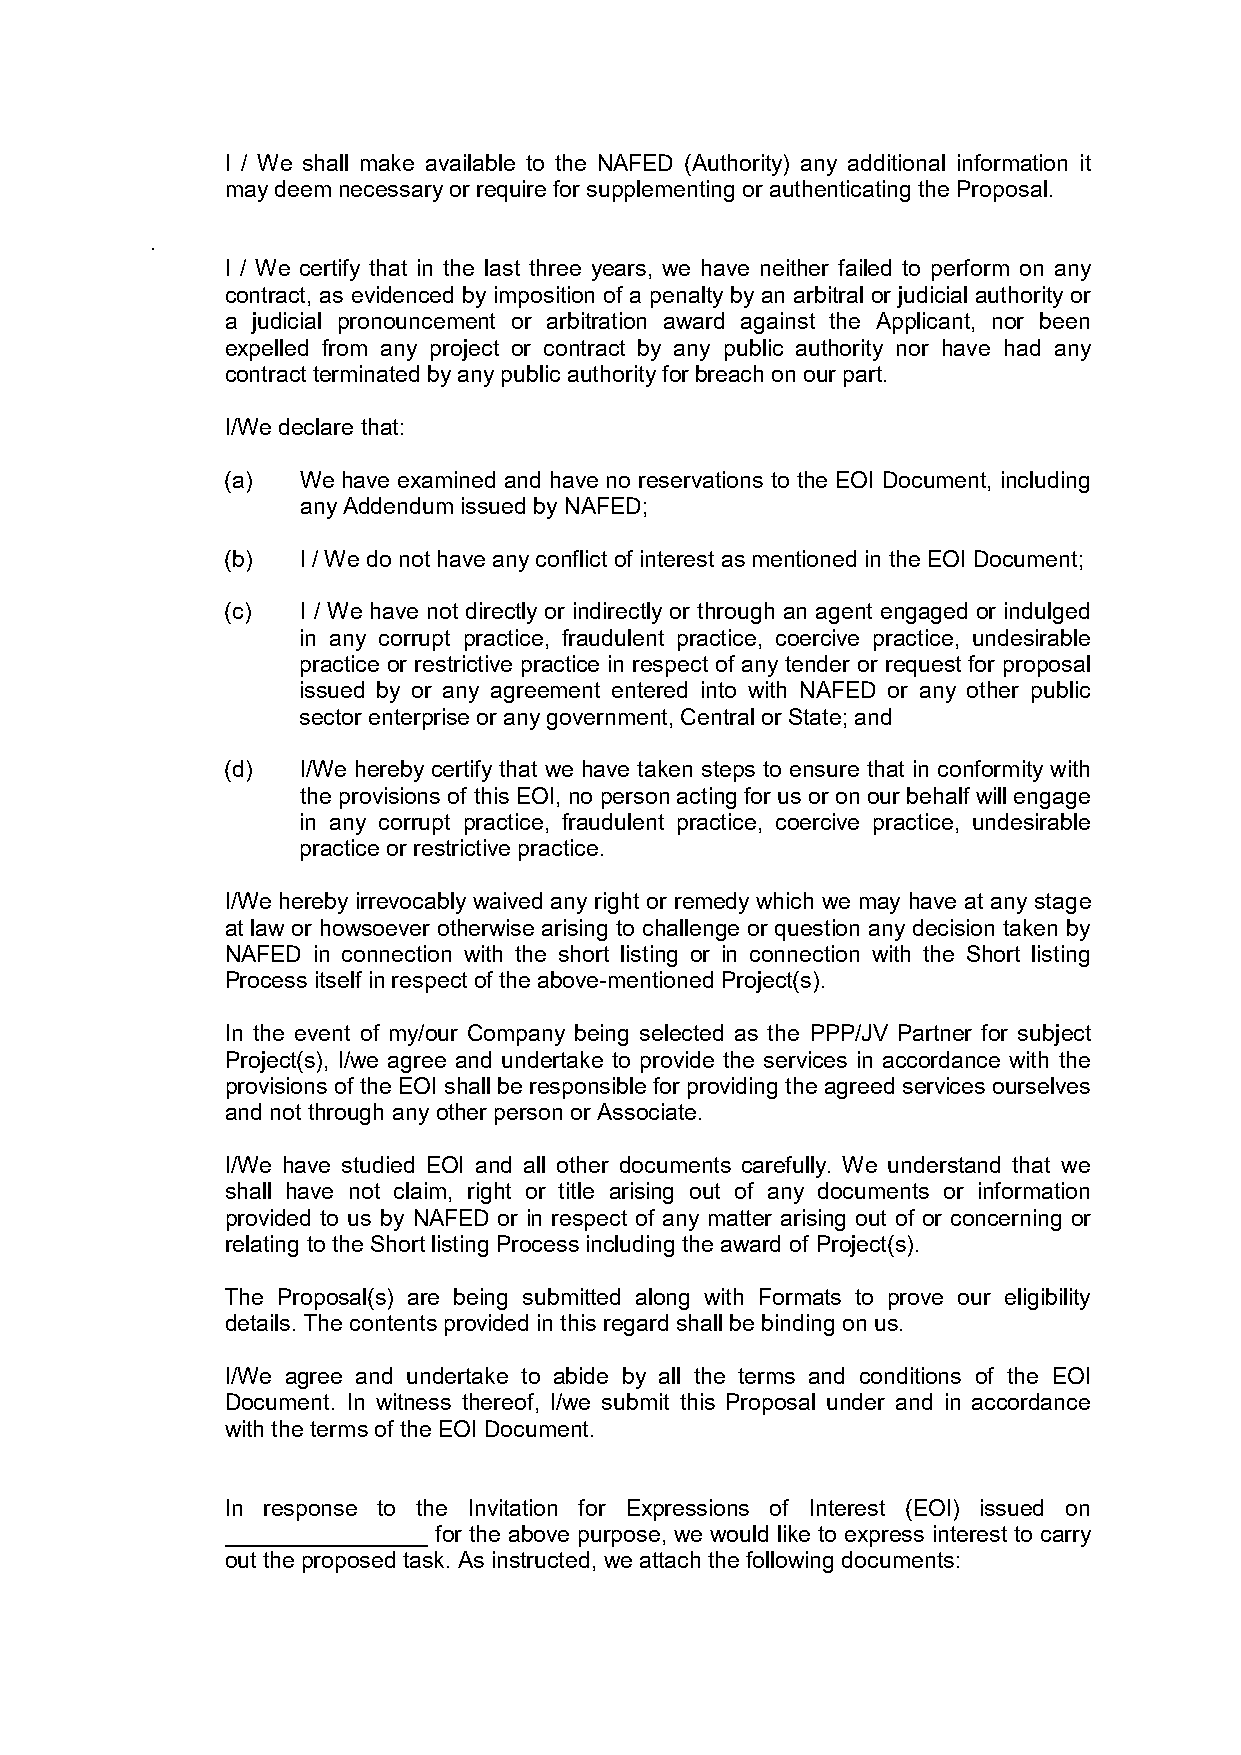
I / We shall make available to the NAFED (Authority) any additional information it
 may deem necessary or require for supplementing or authenticating the Proposal.
 .
 I / We certify that in the last three years, we have neither failed to perform on any
 contract, as evidenced by imposition of a penalty by an arbitral or judicial authority or
 a judicial pronouncement or arbitration award against the Applicant, nor been
 expelled from any project or contract by any public authority nor have had any
 contract terminated by any public authority for breach on our part.
 I/We declare that:
 (a)  We have examined and have no reservations to the EOI Document, including
 any Addendum issued by NAFED;
 (b)  I / We do not have any conflict of interest as mentioned in the EOI Document;
 (c)  I / We have not directly or indirectly or through an agent engaged or indulged
 in any corrupt practice, fraudulent practice, coercive practice, undesirable
 practice or restrictive practice in respect of any tender or request for proposal
 issued by or any agreement entered into with NAFED or any other public
 sector enterprise or any government, Central or State; and
 (d)  I/We hereby certify that we have taken steps to ensure that in conformity with
 the provisions of this EOI, no person acting for us or on our behalf will engage
 in any corrupt practice, fraudulent practice, coercive practice, undesirable
 practice or restrictive practice.
 I/We hereby irrevocably waived any right or remedy which we may have at any stage
 at law or howsoever otherwise arising to challenge or question any decision taken by
 NAFED in connection with the short listing or in connection with the Short listing
 Process itself in respect of the above-mentioned Project(s).
 In the event of my/our Company being selected as the PPP/JV Partner for subject
 Project(s), I/we agree and undertake to provide the services in accordance with the
 provisions of the EOI shall be responsible for providing the agreed services ourselves
 and not through any other person or Associate.
 I/We have studied EOI and all other documents carefully. We understand that we
 shall have not claim, right or title arising out of any documents or information
 provided to us by NAFED or in respect of any matter arising out of or concerning or
 relating to the Short listing Process including the award of Project(s).
 The Proposal(s) are being submitted along with Formats to prove our eligibility
 details. The contents provided in this regard shall be binding on us.
 I/We agree and undertake to abide by all the terms and conditions of the EOI
 Document. In witness thereof, I/we submit this Proposal under and in accordance
 with the terms of the EOI Document.
 In response to the Invitation for Expressions of Interest (EOI) issued on
 ________________ for the above purpose, we would like to express interest to carry
 out the proposed task. As instructed, we attach the following documents: